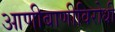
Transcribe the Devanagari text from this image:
आणीबाणीविरोधी